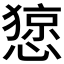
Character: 𢠃